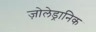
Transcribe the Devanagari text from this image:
ज़ोलेड्रानिक